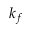
k _ { f }